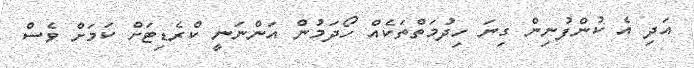
އަދި އެ ކުންފުނިން ގިނަ ހިދުމަތްތަކެއް ހޯދަމުން އަންނަނީ ކްރެޑިޓަށް ކަމަށް ވެސް